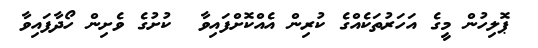
ޕޮލިހުން މީގެ އަހަރުތަކެއްގެ ކުރިން އެއްކޮށްފައިވާ  ކުށުގެ ވެށިން ހޯދާފައިވާ